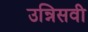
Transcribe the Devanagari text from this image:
उन्निसवी